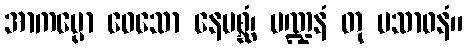
အာကပ္ပော ဝေသော နေပစ္ဆံ၊ မဏ္ဍနံ တု ပသာဓနံ။